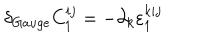
LaTeX: \delta _ { G a u g e } C _ { 1 } ^ { i j } = - \partial _ { k } \varepsilon _ { 1 } ^ { k i j }